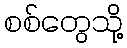
စစ်တွေသို့